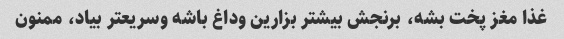
غذا مغز پخت بشه، برنجش بیشتر بزارین وداغ باشه وسریعتر بیاد، ممنون